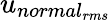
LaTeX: u_{{normal}_{rms}}